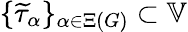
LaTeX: \{ \widetilde{\tau}_{\alpha}\} _{\alpha\in\Xi(G)}\subset\mathbb{V}